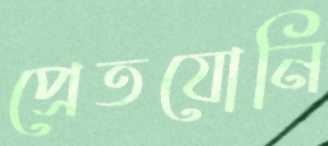
প্রেতযোনি